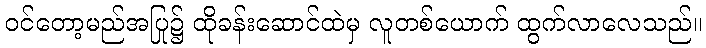
ဝင်တော့မည်အပြု၌ ထိုခန်းဆောင်ထဲမှ လူတစ်ယောက် ထွက်လာလေသည်။